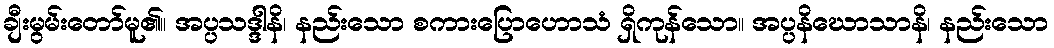
ချီးမွမ်းတော်မူ၏။ အပ္ပသဒ္ဒါနိ၊ နည်းသော စကားပြောဟောသံ ရှိကုန်သော။ အပ္ပနိဃောသာနိ၊ နည်းသော